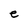
Character: e